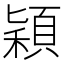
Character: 穎